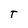
Character: T